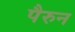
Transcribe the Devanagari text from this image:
पैरुन